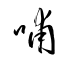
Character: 哺